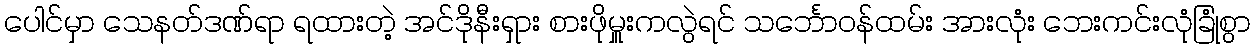
ပေါင်မှာ သေနတ်ဒဏ်ရာ ရထားတဲ့ အင်ဒိုနီးရှား စားဖိုမှူးကလွဲရင် သင်္ဘောဝန်ထမ်း အားလုံး ဘေးကင်းလုံခြုံစွာ